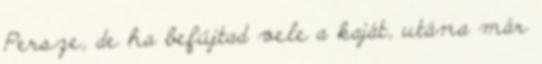
Persze, de ha befújtad vele a kaját, utána már